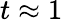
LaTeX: t\approx 1